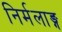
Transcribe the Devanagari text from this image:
निर्मलाङ्ग